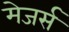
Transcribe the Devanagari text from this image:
मेजर्स